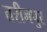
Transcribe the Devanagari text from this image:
तरीनपुर